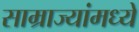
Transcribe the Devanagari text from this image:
साम्राज्यांमध्ये